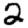
Digit: 2